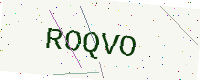
Text: ROQVO